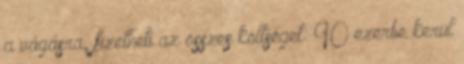
a vágásra, fizetheti az összes költséget: 90 ezerbe kerül